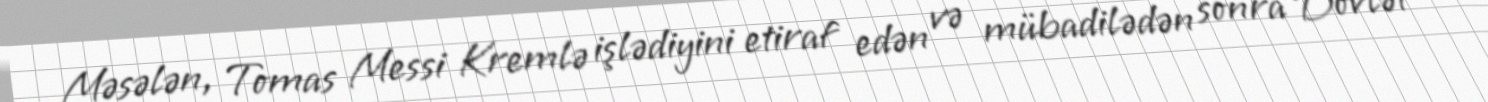
Məsələn, Tomas Messi Kremlə işlədiyini etiraf edən və mübadilədən sonra Dövlət